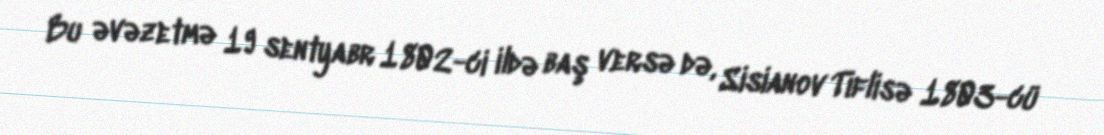
Bu əvəzetmə 19 sentyabr 1802-ci ildə baş versə də, Sisianov Tiflisə 1803-cü